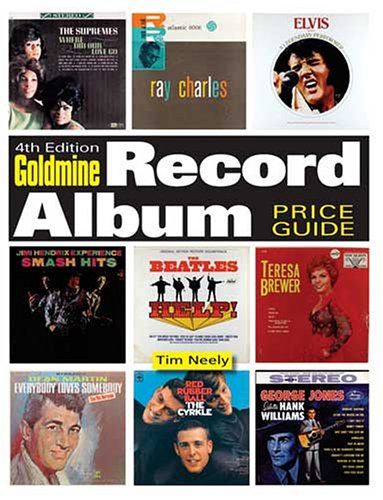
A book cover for Goldmine Record Album Price Guide; Tim Neely; Crafts, Hobbies & Home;